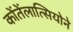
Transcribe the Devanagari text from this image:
कोंतेंलात्सियोने